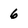
Character: 6